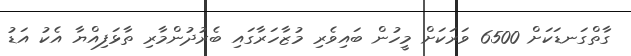
ގާތްގަނޑަކަށް 6500 ވަރަކަށް މީހުން ބައިވެރި މުޒާހަރާގައި ބެރުދުންމާރި ތާޅަފިއްޔާ އެކު އަޑު